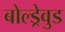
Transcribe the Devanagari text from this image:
बोल्ड्रेवुड